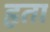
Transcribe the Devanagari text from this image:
हृता